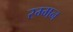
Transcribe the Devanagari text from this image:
रम्मन